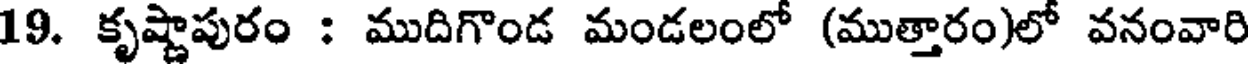
19. కృష్ణాపురం : ముదిగొండ మండలంలో (ముత్తారం)లో వనంవారి